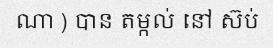
ណា ) បាន តម្កល់ នៅ ស៊ប់